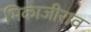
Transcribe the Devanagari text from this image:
भिकाजीराव